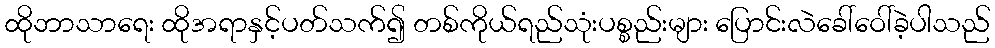
ထိုဘာသာရေး ထိုအရာနှင့်ပတ်သက်၍ တစ်ကိုယ်ရည်သုံးပစ္စည်းများ ပြောင်းလဲခေါ်ဝေါ်ခဲ့ပါသည်